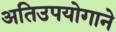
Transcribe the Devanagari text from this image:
अतिउपयोगाने